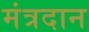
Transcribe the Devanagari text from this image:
मंत्रदान